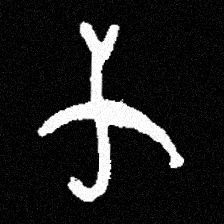
Pyu character \u2014 Myanmar letter: က (romanized: ka)